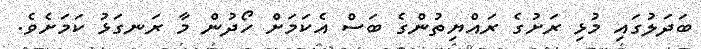
ބަދަލުގައި މުޅި ރަށުގެ ރައްޔިތުންގެ ބަސް އެކަމަށް ހޯދުން މާ ރަނގަޅު ކަމަށެވެ.